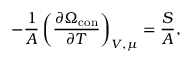
- \frac { 1 } { A } \left( \frac { \partial \Omega _ { \mathrm { c o n } } } { \partial T } \right) _ { V , \mu } = \frac { S } { A } ,